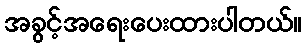
အခွင့်အရေးပေးထားပါတယ်။